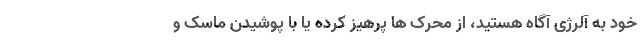
خود به آلرژی آگاه هستید، از محرک ها پرهیز کرده یا با پوشیدن ماسک و